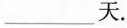
___天.